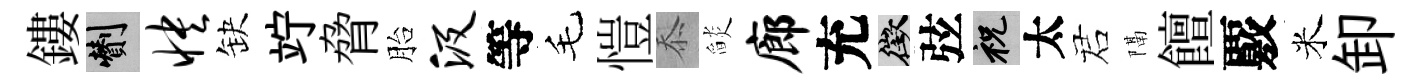
鏤剪怏缺竚脅胎汲等毛愷忝𦦨廊充徵弦祝太诺隔饘覈米卸